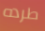
طرده